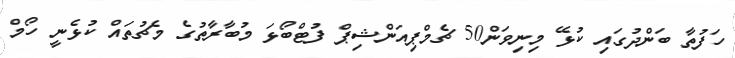
ހަފުތާ ބަންދުގައި ކުޅޭ މިނިވަން50 ޗެމްޕިއަންޝިޕް ފުޓްބޯޅަ މުބާރާތުގެ މެޗުތައް ކުޅެނީ ހޯމް